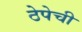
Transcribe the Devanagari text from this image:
ठेपेची